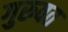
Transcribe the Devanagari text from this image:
गुरुवत